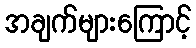
အချက်များကြောင့်